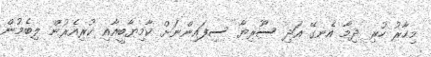
މިހާރު ހުރި ދިމާ އެނގޭ އަދި ސޫރިޔާ ސިފައިންނަށް ކާމިޔާބީއާއި ކުރިއެރުން ލިބެމުން